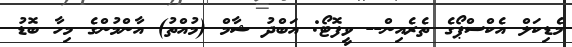
މެޑިކަލް އެކްސްޕޯގެ ތެރެއިން-- ވީފޮޓޯ: އަބްދު ޝާމް (މުއްތު) އާންމުންގެ މިހާ ބޮޑު